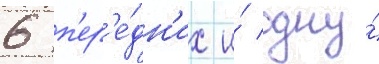
6 п'ер'е́дн'их и́ одну́